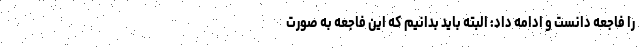
را فاجعه دانست و ادامه داد: البته باید بدانیم که این فاجعه به صورت